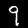
Label: 9